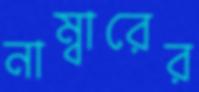
নাম্বারের